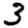
Digit: 3